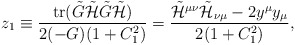
\begin{align*}z_1\equiv\frac{{\rm tr}(\tilde{G}\tilde{{\cal H}}\tilde{G}\tilde{{\cal H}})}{2(-G)(1+C_1^2)} =\frac{\tilde{{\cal H}}^{\mu\nu}\tilde{{\cal H}}_{\nu\mu}-2y^{\mu} y_{\mu}}{2(1+C_1^2)}, \end{align*}